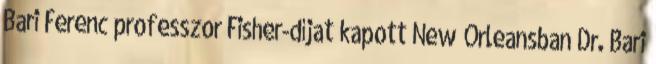
Bari Ferenc professzor Fisher-díjat kapott New Orleansban Dr. Bari